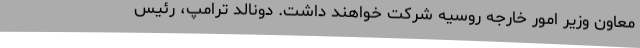
‌معاون وزیر امور خارجه روسیه شرکت خواهند داشت. دونالد ترامپ، رئیس